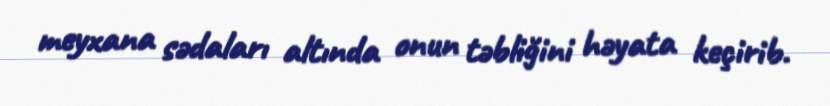
meyxana sədaları altında onun təbliğini həyata keçirib.